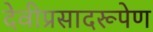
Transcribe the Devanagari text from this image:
देवीप्रसादरूपेण